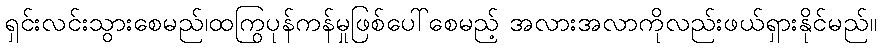
ရှင်းလင်းသွားစေမည်၊ထကြွပုန်ကန်မှုဖြစ်ပေါ်စေမည့် အလားအလာကိုလည်းဖယ်ရှားနိုင်မည်။